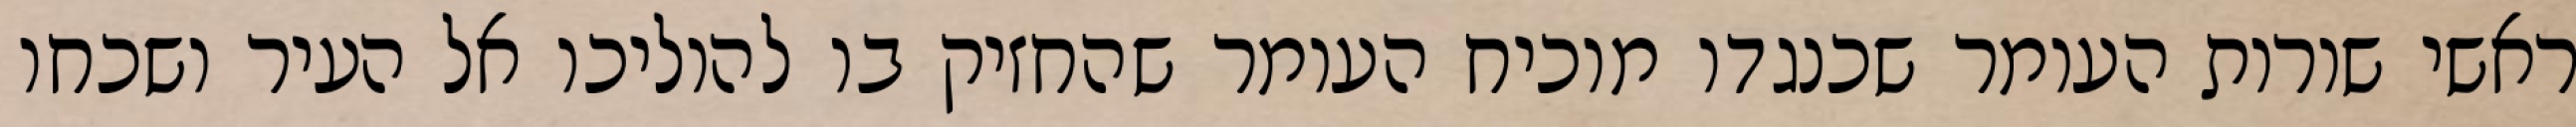
ראשי שורות העומר שכנגדו מוכיח העומר שהחזיק בו להוליכו אל העיר ושכחו